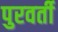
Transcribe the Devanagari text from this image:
पुरवर्ती